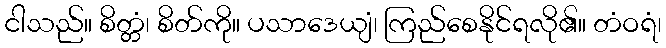
ငါသည်။ စိတ္တံ၊ စိတ်ကို။ ပသာဒေယျံ၊ ကြည်စေနိုင်ရလို၏။ တံဝရံ၊